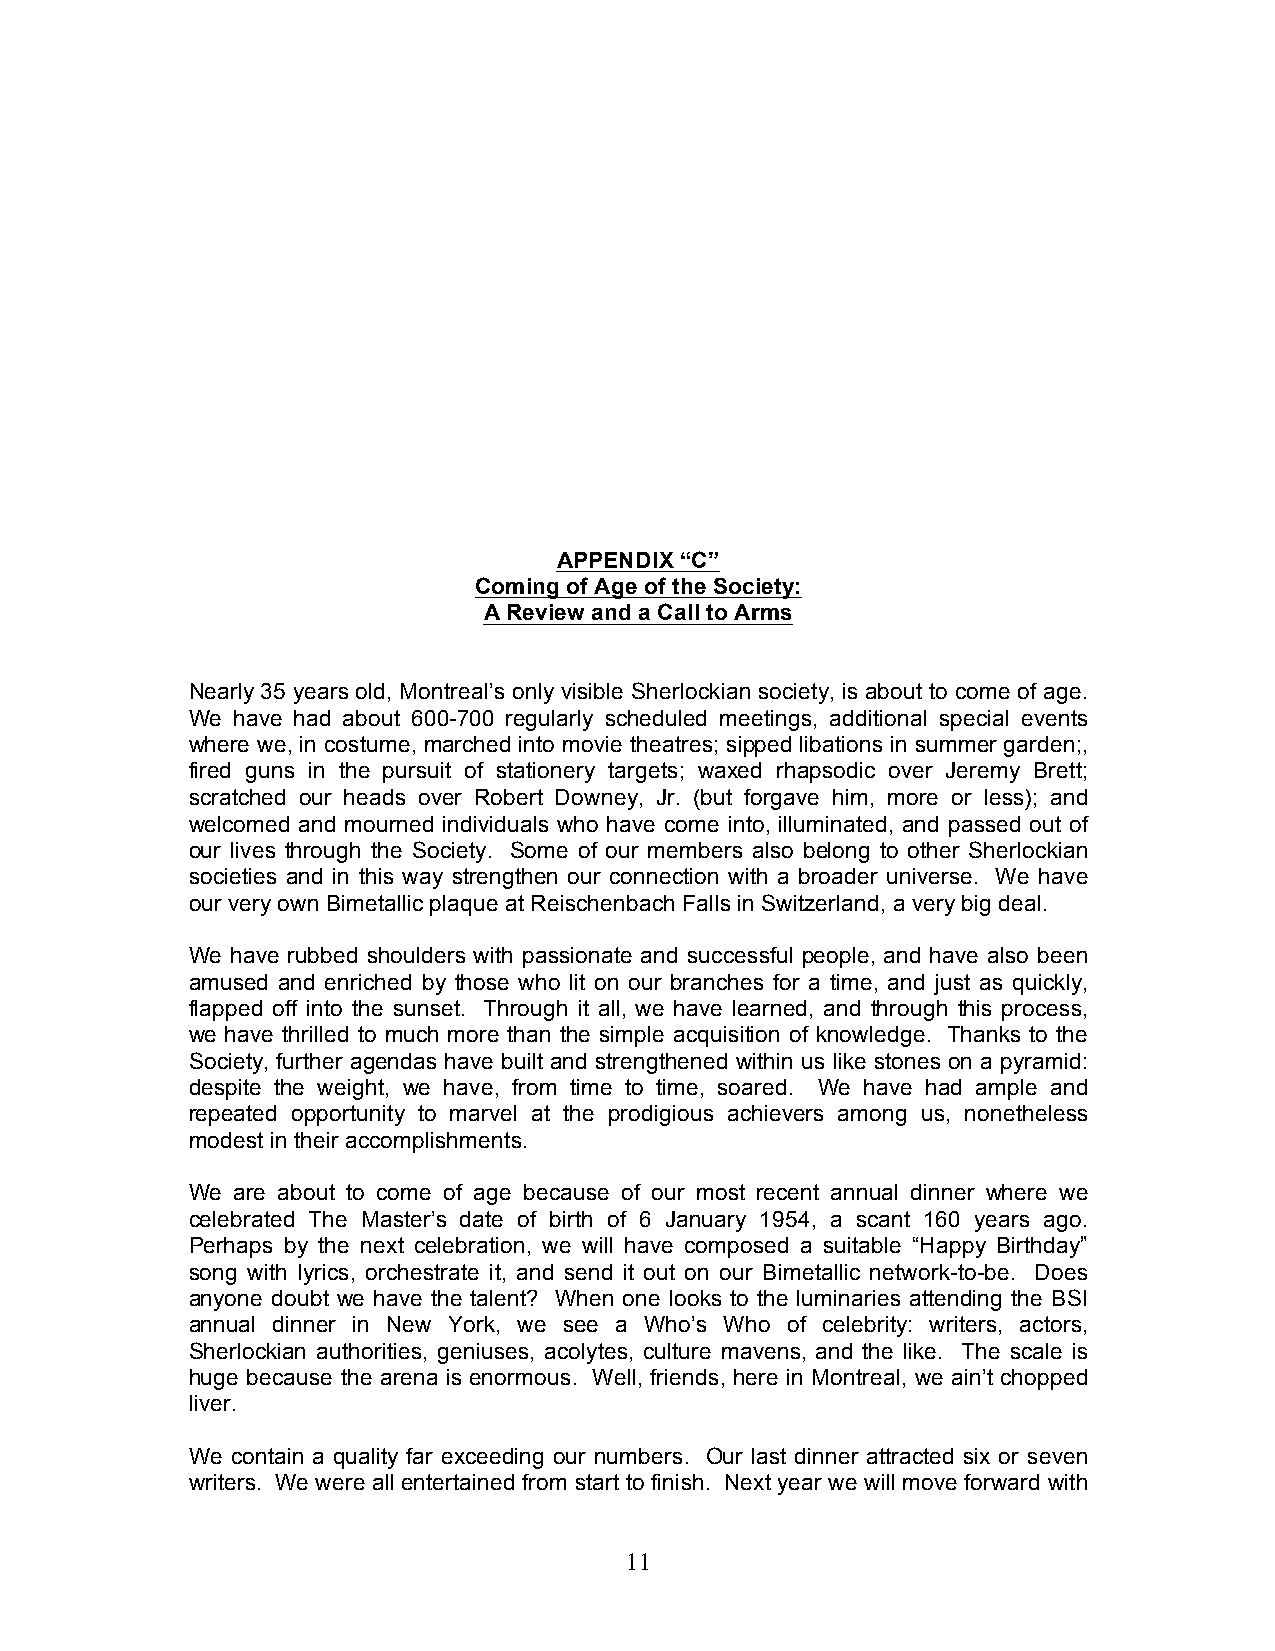
APPENDIX “C”
 Coming of Age of the Society:
 A Review and a Call to Arms
 Nearly 35 years old, Montreal’s only visible Sherlockian society, is about to come of age.
 We have had about 600-700 regularly scheduled meetings, additional special events
 where we, in costume, marched into movie theatres; sipped libations in summer garden;,
 fired guns in the pursuit of stationery targets; waxed rhapsodic over Jeremy Brett;
 scratched our heads over Robert Downey, Jr. (but forgave him, more or less); and
 welcomed and mourned individuals who have come into, illuminated, and passed out of
 our lives through the Society. Some of our members also belong to other Sherlockian
 societies and in this way strengthen our connection with a broader universe. We have
 our very own Bimetallic plaque at Reischenbach Falls in Switzerland, a very big deal.
 We have rubbed shoulders with passionate and successful people, and have also been
 amused and enriched by those who lit on our branches for a time, and just as quickly,
 flapped off into the sunset. Through it all, we have learned, and through this process,
 we have thrilled to much more than the simple acquisition of knowledge. Thanks to the
 Society, further agendas have built and strengthened within us like stones on a pyramid:
 despite the weight, we have, from time to time, soared. We have had ample and
 repeated opportunity to marvel at the prodigious achievers among us, nonetheless
 modest in their accomplishments.
 We are about to come of age because of our most recent annual dinner where we
 celebrated The Master’s date of birth of 6 January 1954, a scant 160 years ago.
 Perhaps by the next celebration, we will have composed a suitable “Happy Birthday”
 song with lyrics, orchestrate it, and send it out on our Bimetallic network-to-be. Does
 anyone doubt we have the talent? When one looks to the luminaries attending the BSI
 annual dinner in New York, we see a Who’s Who of celebrity: writers, actors,
 Sherlockian authorities, geniuses, acolytes, culture mavens, and the like. The scale is
 huge because the arena is enormous. Well, friends, here in Montreal, we ain’t chopped
 liver.
 We contain a quality far exceeding our numbers. Our last dinner attracted six or seven
 writers. We were all entertained from start to finish. Next year we will move forward with
 11